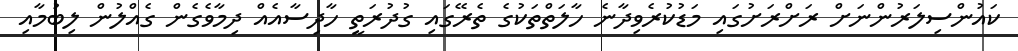
ކައުންސިލަރުންނަށް ރަށްރަށުގައި މަޑުކުރެވިދާނެ ހާލަތްތަކުގެ ތެރޭގައި ގުދުރަތީ ހާދިސާއެއް ދިމާވެގެން ގެއްލުން ލިބުމާއި